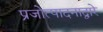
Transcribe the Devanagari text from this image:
प्रजोत्पादनाद्वारे